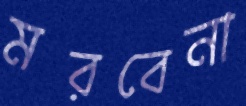
মরবেনা